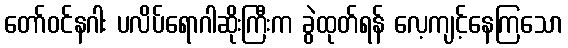
တော်ဝင်နဂါး ပလိပ်ရောဂါဆိုးကြီးက ခွဲထုတ်ရန် လေ့ကျင့်နေကြသော